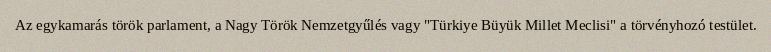
Az egykamarás török parlament, a Nagy Török Nemzetgyűlés vagy "Türkiye Büyük Millet Meclisi" a törvényhozó testület.